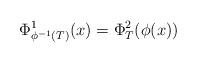
LaTeX: \begin{align*}\Phi^1_{\phi^{-1}(T)}(x)=\Phi^2_T(\phi(x))\end{align*}